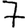
Digit: 7